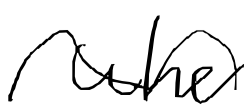
Text: who
Cross-out: wave
Writing tool: digital_black